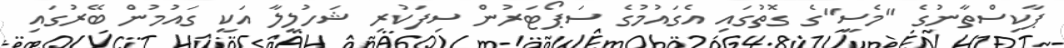
ޕާކިސްތާނުގެ "މެސީ"ގެ ގޮތުގައި އެގައުމުގެ ސަޕޯޓަރުން ސިފަކުރި ޝަހުލީލާ އަކީ ގައުމުން ބޭރުގައި